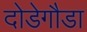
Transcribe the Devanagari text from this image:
दोडेगौडा